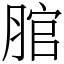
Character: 𦜐